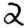
Digit: 2